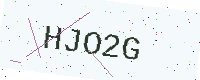
Text: HJO2G